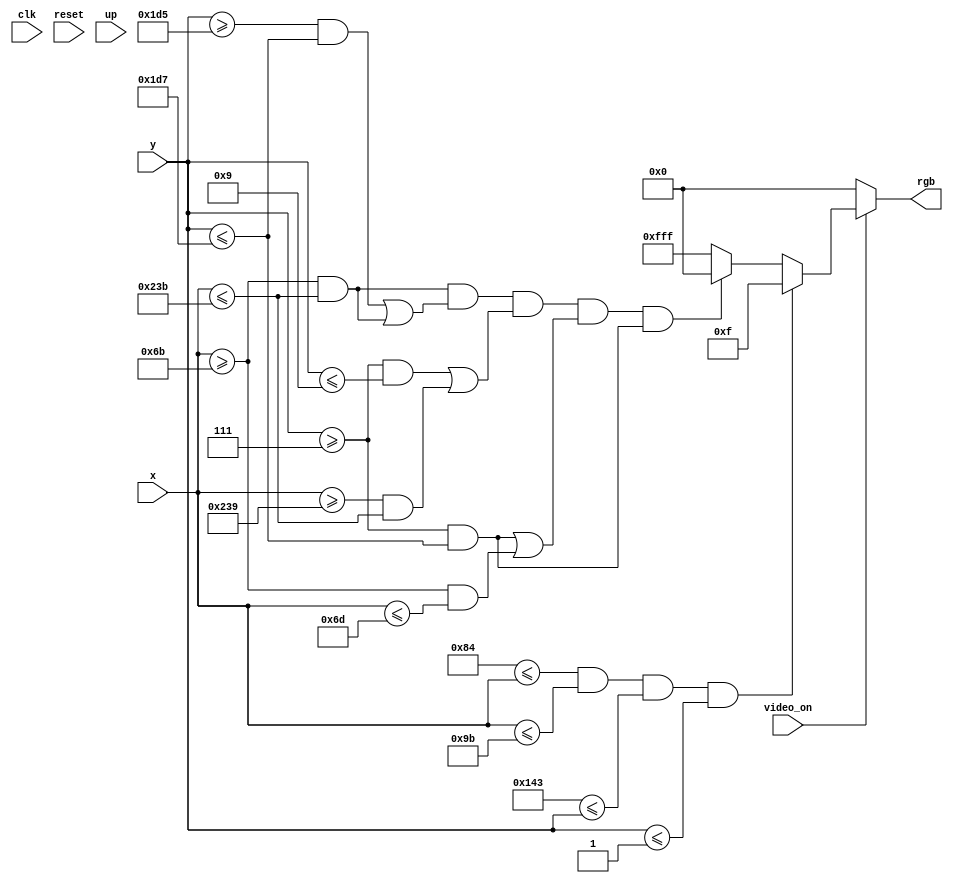
`timescale 1ns / 1ps
//////////////////////////////////////////////////////////////////////////////////
// Company: 
// Engineer: 
// 
// Design Name: 
// Module Name: pixel_generation
// Project Name: 
// Target Devices: 
// Tool Versions: 
// Description: 
// 
// Dependencies: 
// 
// Revision:
// Revision 0.01 - File Created
// Additional Comments:
// 
//////////////////////////////////////////////////////////////////////////////////



module pixel_generation(
    input clk,
    input reset,
    input video_on,
    input [9:0] x, y,
    input up,//for up movement 
//    input down,//for down movement
    output reg [11:0] rgb
    );

    // RGB Color Values
    parameter RED    = 12'h00F;
//    parameter GREEN  = 12'h0F0;
    parameter BLUE   = 12'hF00;
//    parameter YELLOW = 12'h0FF;     // RED and GREEN
//    parameter AQUA   = 12'hFF0;     // GREEN and BLUE
//    parameter VIOLET = 12'hF0F;     // RED and BLUE
    parameter WHITE  = 12'hFFF;     // all ON
    parameter BLACK  = 12'h000;     // all OFF
//    parameter GRAY   = 12'hAAA;     // some of each color
    parameter red_height=23;
    parameter red_width=23;
    
    parameter left_bound=132;
    parameter right_bound=155;
    parameter block_velocity=23;
    // Pixel Location Status Signal
    
    
//wire u_white_on;
//wire u_black_on;
//wire u_red_on;
//wire u_blue_on;
wire pad_on;

wire [9:0] reb_block_bottom,red_block_top;
reg [9:0] red_block_reg=323;
reg [9:0] red_block_next;

wire wall_on;
    // Set RGB output value based on status signals
wire refresh_tick;
assign refresh_tick = ((y == 481) && (x == 0)) ? 1 : 0; // start of vsync(vertical retrace)
//paddle
assign red_block_top = red_block_reg;                             // paddle top position
assign red_block_bottom = red_block_top + red_height - 1;              // paddle bottom position
assign pad_on = (left_bound <= x) && (x <= right_bound) &&(red_block_top <= y) && (y <= red_block_bottom);

assign wall_on= (x>=107 && x<=571) && (y>=469 && y<=471) | (x>=107 && x<=571) && (y>=7 && y<=9)| (x>=569 && x<=571) && (y>=7 && y<=471)|(x>=107 && x<=109) && (y>=7 && y<=471);  

always @* begin
    red_block_next = red_block_reg;     // no move
        
    if(refresh_tick)
        if(up)
           red_block_next = red_block_reg + block_velocity;
    end
//always @*
//begin
//    if (up)
//        if (~down)
//        begin
//             u_red_on    <= ((x >= 455) && (x < 546)  &&  (y >= 0) && (y < 412));
//             u_blue_on   <= ((x >= 546) && (x < 640)  &&  (y >= 0) && (y < 412));
//        end
//    else 
//        if (down)
//            if (~up)
//                begin
//                u_red_on    <= ((x >= 455) && (x < 546)  &&  (y >= 0) && (y < 412));
//                u_blue_on   <= ((x >= 546) && (x < 640)  &&  (y >= 0) && (y < 412));
//                end
// end

    always @*
        if(~video_on)
            rgb = BLACK;
        else
            if(pad_on)
                rgb = RED;
            else if(wall_on)
                rgb=BLACK;
            else
                rgb=WHITE;
                


       
endmodule